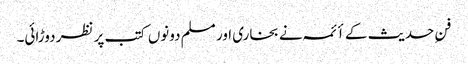
فنِ حدیث کے أئمہ نے بخاری اور مسلم دونوں کتب پر نظر دوڑائی۔